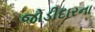
જોડીદારના